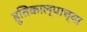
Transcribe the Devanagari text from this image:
हुतिकाल्पाच्या